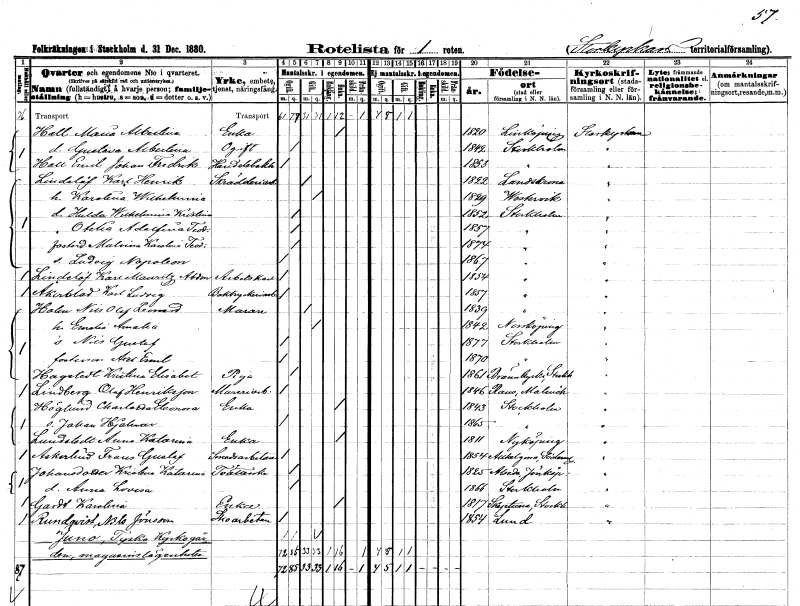
gt_parse: households: individuals: FN: Maria Albertina
EN: Hall
YRKE: Änka
KON: K
CIV: E
FODAR: 1820
FODFORS: Linköping Östergötlands län
FN: Gustava Albertina
KON: K
CIV: O
FODAR: 1842
FODFORS: Stockholm
FN: Emil Johan Fredrik
EN: Hall
YRKE: Handelsbokhållare
KON: M
CIV: O
FODAR: 1853
FODFORS: Stockholm
FN: Karl Henrik
EN: Lindelöf
YRKE: Skrädderiarbetare
KON: M
CIV: G
FODAR: 1822
FODFORS: Landskrona Malmöhus län
FN: Karolina Wilhelmina
KON: K
CIV: G
FODAR: 1829
FODFORS: Västervik Kalmar län
FN: Hulda Wilhelmina Kristina
KON: K
CIV: O
FODAR: 1852
FODFORS: Stockholm
FN: Otelia Adolfina Teodora
KON: K
CIV: O
FODAR: 1857
FODFORS: Stockholm
FN: Malvina Karolina Teodora
KON: K
CIV: O
FODAR: 1874
FODFORS: Stockholm
FN: Ludvig Napoleon
KON: M
CIV: O
FODAR: 1867
FODFORS: Stockholm
FN: Karl Mauritz Abdon
EN: Lindelöf
YRKE: Arbetskarl
KON: M
CIV: O
FODAR: 1854
FODFORS: Stockholm
FN: Karl Ludvig
EN: Åkerblad
YRKE: Boktryckeriarbetare
KON: M
CIV: O
FODAR: 1857
FODFORS: Stockholm
FN: Nils Olof Leonard
EN: Holm
YRKE: Murare
KON: M
CIV: G
FODAR: 1839
FODFORS: Stockholm
FN: Emelia Amalia
KON: K
CIV: G
FODAR: 1842
FODFORS: Norrköping Östergötlands län
FN: Nils Gustaf
KON: M
CIV: O
FODAR: 1877
FODFORS: Stockholm
FN: Axel Emil
KON: M
CIV: O
FODAR: 1870
FODFORS: Stockholm
FN: Kristina Elisabet
EN: Hagstedt
YRKE: Piga
KON: K
CIV: O
FODAR: 1861
FODFORS: Brännkyrka Stockholms län
FN: Olof
EN: Lindberg Henriksson
YRKE: Mureriarbetare
KON: M
CIV: O
FODAR: 1846
FODFORS: Raus Malmöhus län
FN: Charlotta Eleonora
EN: Höglund
YRKE: Änka
KON: K
CIV: E
FODAR: 1843
FODFORS: Stockholm
FN: Johan Hjalmar
KON: M
CIV: O
FODAR: 1865
FODFORS: Stockholm
FN: Anna Katarina
EN: Lundstedt
YRKE: Änka
KON: K
CIV: E
FODAR: 1811
FODFORS: Nyköping Södermanlands län
FN: Frans Gustaf
EN: Askerlind
YRKE: Smedsarbetare
KON: M
CIV: O
FODAR: 1854
FODFORS: Helgona Södermanlands län
FN: Kristina Katarina
EN: Johansdotter
YRKE: Tvätterska
KON: K
CIV: O
FODAR: 1825
FODFORS: Alseda Jönköpings län
FN: Anna Lovisa
KON: K
CIV: O
FODAR: 1866
FODFORS: Stockholm
FN: Karolina
EN: Gardt
YRKE: Änka
KON: K
CIV: E
FODAR: 1817
FODFORS: Skepptuna Stockholms län
FN: Nils
EN: Rundqvist Jönsson
YRKE: Skoarbetare
KON: M
CIV: O
FODAR: 1854
FODFORS: Lund Malmöhus län